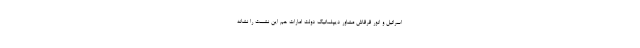
اسرائیل و انور قرقاش مشاور دیپلماتیک دولت امارات هم این نشست را نشانه